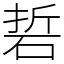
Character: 硩